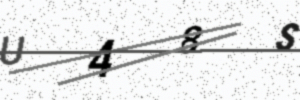
Text: U48S